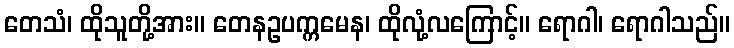
တေသံ၊ ထိုသူတို့အား။ တေနဥပက္ကမေန၊ ထိုလုံ့လကြောင့်။ ရောဂါ၊ ရောဂါသည်။